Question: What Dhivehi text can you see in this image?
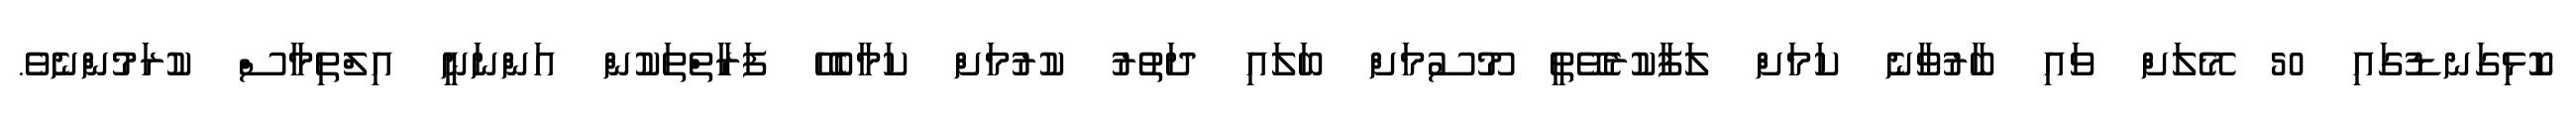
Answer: ކޮޅިގަނޑުގައި 50 މޭލަށް ވައި ބާރުވާނެ ކަމަށް ލަފާކުރެވޭތީ މޫސުމަށް ބަލައި ދަތުރު ކުރުމަށް ކަމާބެހޭ ފަރާތްތަކުން އަންނަނީ އިލްތިމާސް ކުރަމުންނެވެ.